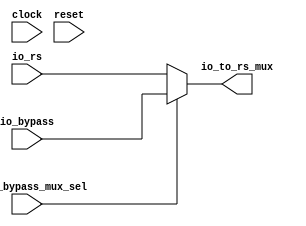
`ifdef RANDOMIZE_GARBAGE_ASSIGN
`define RANDOMIZE
`endif
`ifdef RANDOMIZE_INVALID_ASSIGN
`define RANDOMIZE
`endif
`ifdef RANDOMIZE_REG_INIT
`define RANDOMIZE
`endif
`ifdef RANDOMIZE_MEM_INIT
`define RANDOMIZE
`endif

module rs_bypass_mux(
  input   clock,
  input   reset,
  input  [31:0] io_rs,
  input  [31:0] io_bypass,
  input   io_rs_bypass_mux_sel,
  output [31:0] io_to_rs_mux
);
  wire [31:0] _T_12;
  assign io_to_rs_mux = _T_12;
  assign _T_12 = io_rs_bypass_mux_sel ? io_bypass : io_rs;
endmodule